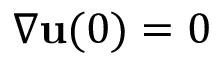
\nabla { \mathbf u } ( 0 ) = 0